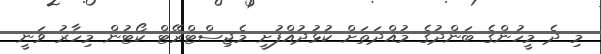
މި ދެ މީހުންގެ ބަންދުގެ މުއްދަތަށް ކުޅުދުއްފުށީ މެޖިސްޓްރޭޓް ކޯޓުން މިހާރު ވަނީ